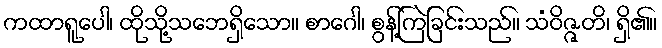
ကထာရူပေါ၊ ထိုသို့သဘေရှိသော။ စာဂေါ၊ စွန့်ကြဲခြင်းသည်။ သံဝိဇ္ဇတိ၊ ရှိ၏။